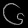
Digit: ၆